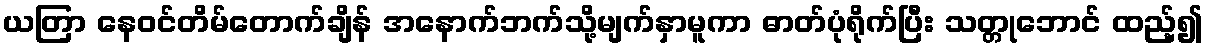
ယတြာ နေဝင်တိမ်တောက်ချိန် အနောက်ဘက်သို့မျက်နှာမူကာ ဓာတ်ပုံရိုက်ပြီး သတ္တုဘောင် ထည့်၍